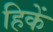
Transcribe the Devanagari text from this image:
हिकें